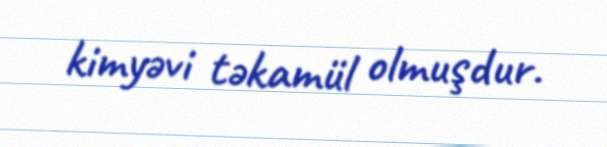
kimyəvi təkamül olmuşdur.